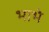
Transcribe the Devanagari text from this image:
भाभे